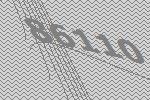
86110